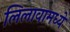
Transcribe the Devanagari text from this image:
लिलावामध्ये